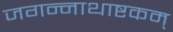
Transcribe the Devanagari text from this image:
जगन्नाथाष्टकम्